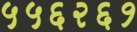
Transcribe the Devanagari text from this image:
५५६२६१